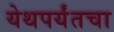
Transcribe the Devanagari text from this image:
येथपर्यंतचा